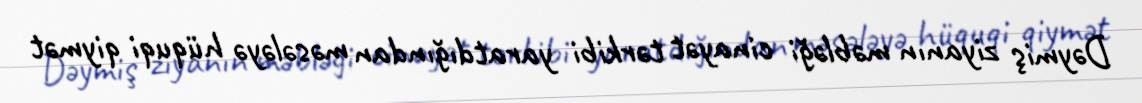
Dəymiş ziyanın məbləği cinayət tərkibi yaratdığından məsələyə hüquqi qiymət